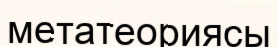
метатеориясы